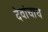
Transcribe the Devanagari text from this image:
देवांचाच